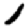
Digit: 1